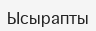
Ысырапты